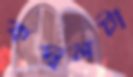
কম্বলটা